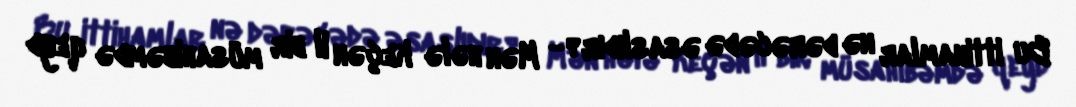
Bu ittihamlar nə dərəcədə əsaslıdır?- Mən hələ keçən il bir müsahibəmdə qeyd